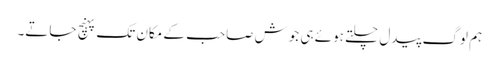
ہم لوگ پیدل چلتے ہوئے ہی جوش صاحب کے مکان تک پہنچ جاتے۔